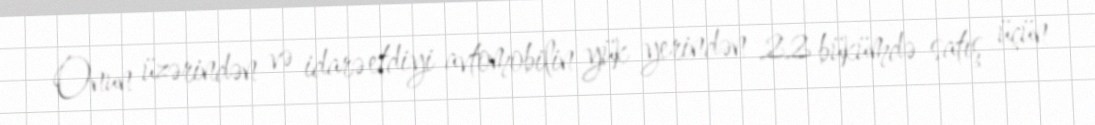
Onun üzərindən və idarə etdiyi avtomobilin yük yerindən 22 bükümdə satış üçün